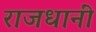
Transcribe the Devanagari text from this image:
राजधानीं